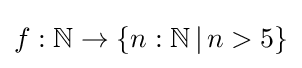
f:\mathbb {N} \rightarrow \{n:\mathbb {N} \,|\,n>5\}